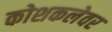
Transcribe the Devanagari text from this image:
कोशकलेवर